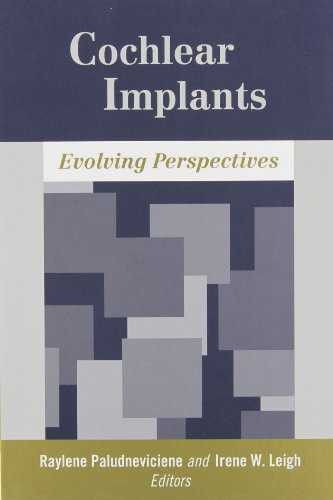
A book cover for Cochlear Implants: Evolving Perspectives; Health, Fitness & Dieting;